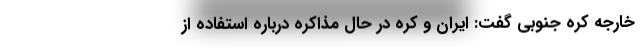
خارجه کره جنوبی گفت: ایران و کره در حال مذاکره درباره استفاده از